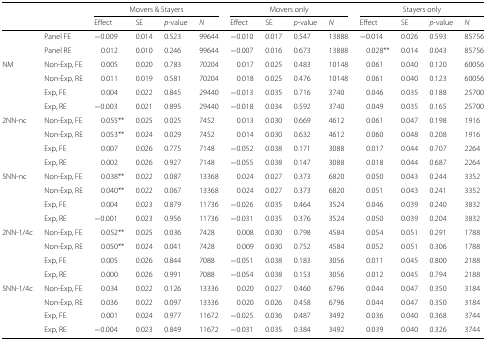
<table><thead><tr><td></td><td></td><td colspan="4"><b>Movers &amp; Stayers</b></td><td colspan="4"><b>Movers only</b></td><td colspan="4"><b>Stayers only</b></td></tr><tr><td></td><td></td><td><b>Effect</b></td><td><b>SE</b></td><td><b><i>p</i>-value</b></td><td><b><i>N</i></b></td><td><b>Effect</b></td><td><b>SE</b></td><td><b><i>p</i>-value</b></td><td><b><i>N</i></b></td><td><b>Effect</b></td><td><b>SE</b></td><td><b><i>p</i>-value</b></td><td><b><i>N</i></b></td></tr></thead><tbody><tr><td></td><td>Panel FE</td><td>−0.009</td><td>0.014</td><td>0.523</td><td>99644</td><td>−0.010</td><td>0.017</td><td>0.547</td><td>13888</td><td>−0.014</td><td>0.026</td><td>0.593</td><td>85756</td></tr><tr><td></td><td>Panel RE</td><td>0.012</td><td>0.010</td><td>0.246</td><td>99644</td><td>−0.007</td><td>0.016</td><td>0.673</td><td>13888</td><td>0.028**</td><td>0.014</td><td>0.043</td><td>85756</td></tr><tr><td>NM</td><td>Non-Exp, FE</td><td>0.005</td><td>0.020</td><td>0.783</td><td>70204</td><td>0.017</td><td>0.025</td><td>0.483</td><td>10148</td><td>0.061</td><td>0.040</td><td>0.120</td><td>60056</td></tr><tr><td></td><td>Non-Exp, RE</td><td>0.011</td><td>0.019</td><td>0.581</td><td>70204</td><td>0.018</td><td>0.025</td><td>0.476</td><td>10148</td><td>0.061</td><td>0.040</td><td>0.123</td><td>60056</td></tr><tr><td></td><td>Exp, FE</td><td>0.004</td><td>0.022</td><td>0.845</td><td>29440</td><td>−0.013</td><td>0.035</td><td>0.716</td><td>3740</td><td>0.046</td><td>0.035</td><td>0.188</td><td>25700</td></tr><tr><td></td><td>Exp, RE</td><td>−0.003</td><td>0.021</td><td>0.895</td><td>29440</td><td>−0.018</td><td>0.034</td><td>0.592</td><td>3740</td><td>0.049</td><td>0.035</td><td>0.165</td><td>25700</td></tr><tr><td>2NN-nc</td><td>Non-Exp, FE</td><td>0.055**</td><td>0.025</td><td>0.025</td><td>7452</td><td>0.013</td><td>0.030</td><td>0.669</td><td>4612</td><td>0.061</td><td>0.047</td><td>0.198</td><td>1916</td></tr><tr><td></td><td>Non-Exp, RE</td><td>0.053**</td><td>0.024</td><td>0.029</td><td>7452</td><td>0.014</td><td>0.030</td><td>0.632</td><td>4612</td><td>0.060</td><td>0.048</td><td>0.208</td><td>1916</td></tr><tr><td></td><td>Exp, FE</td><td>0.007</td><td>0.026</td><td>0.775</td><td>7148</td><td>−0.052</td><td>0.038</td><td>0.171</td><td>3088</td><td>0.017</td><td>0.044</td><td>0.707</td><td>2264</td></tr><tr><td></td><td>Exp, RE</td><td>0.002</td><td>0.026</td><td>0.927</td><td>7148</td><td>−0.055</td><td>0.038</td><td>0.147</td><td>3088</td><td>0.018</td><td>0.044</td><td>0.687</td><td>2264</td></tr><tr><td>5NN-nc</td><td>Non-Exp, FE</td><td>0.038**</td><td>0.022</td><td>0.087</td><td>13368</td><td>0.024</td><td>0.027</td><td>0.373</td><td>6820</td><td>0.050</td><td>0.043</td><td>0.244</td><td>3352</td></tr><tr><td></td><td>Non-Exp, RE</td><td>0.040**</td><td>0.022</td><td>0.067</td><td>13368</td><td>0.024</td><td>0.027</td><td>0.373</td><td>6820</td><td>0.051</td><td>0.043</td><td>0.241</td><td>3352</td></tr><tr><td></td><td>Exp, FE</td><td>0.004</td><td>0.023</td><td>0.879</td><td>11736</td><td>−0.026</td><td>0.035</td><td>0.464</td><td>3524</td><td>0.046</td><td>0.039</td><td>0.240</td><td>3832</td></tr><tr><td></td><td>Exp, RE</td><td>−0.001</td><td>0.023</td><td>0.956</td><td>11736</td><td>−0.031</td><td>0.035</td><td>0.376</td><td>3524</td><td>0.050</td><td>0.039</td><td>0.204</td><td>3832</td></tr><tr><td>2NN-1/4c</td><td>Non-Exp, FE</td><td>0.052**</td><td>0.025</td><td>0.036</td><td>7428</td><td>0.008</td><td>0.030</td><td>0.798</td><td>4584</td><td>0.054</td><td>0.051</td><td>0.291</td><td>1788</td></tr><tr><td></td><td>Non-Exp, RE</td><td>0.050**</td><td>0.024</td><td>0.041</td><td>7428</td><td>0.009</td><td>0.030</td><td>0.752</td><td>4584</td><td>0.052</td><td>0.051</td><td>0.306</td><td>1788</td></tr><tr><td></td><td>Exp, FE</td><td>0.005</td><td>0.026</td><td>0.844</td><td>7088</td><td>−0.051</td><td>0.038</td><td>0.183</td><td>3056</td><td>0.011</td><td>0.045</td><td>0.800</td><td>2188</td></tr><tr><td></td><td>Exp, RE</td><td>0.000</td><td>0.026</td><td>0.991</td><td>7088</td><td>−0.054</td><td>0.038</td><td>0.153</td><td>3056</td><td>0.012</td><td>0.045</td><td>0.794</td><td>2188</td></tr><tr><td>5NN-1/4c</td><td>Non-Exp, FE</td><td>0.034</td><td>0.022</td><td>0.126</td><td>13336</td><td>0.020</td><td>0.027</td><td>0.460</td><td>6796</td><td>0.044</td><td>0.047</td><td>0.350</td><td>3184</td></tr><tr><td></td><td>Non-Exp, RE</td><td>0.036</td><td>0.022</td><td>0.097</td><td>13336</td><td>0.020</td><td>0.026</td><td>0.458</td><td>6796</td><td>0.044</td><td>0.047</td><td>0.350</td><td>3184</td></tr><tr><td></td><td>Exp, FE</td><td>0.001</td><td>0.024</td><td>0.977</td><td>11672</td><td>−0.025</td><td>0.036</td><td>0.487</td><td>3492</td><td>0.036</td><td>0.040</td><td>0.368</td><td>3744</td></tr><tr><td></td><td>Exp, RE</td><td>−0.004</td><td>0.023</td><td>0.849</td><td>11672</td><td>−0.031</td><td>0.035</td><td>0.384</td><td>3492</td><td>0.039</td><td>0.040</td><td>0.326</td><td>3744</td></tr></tbody></table>